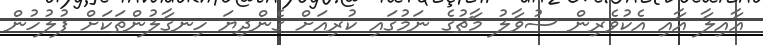
އާއިލާ އާއި އެކުވެރިން ސުވާލު މާޗުގެ ނަމުގައި ކުރިއަށް ގެންދިޔަ ހިނގާލުންތަކަށް ފުލުހުން